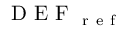
\mathrm { ~ D ~ E ~ F ~ } _ { \mathrm { ~ r ~ e ~ f ~ } }